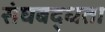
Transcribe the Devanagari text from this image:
संघबद्धता